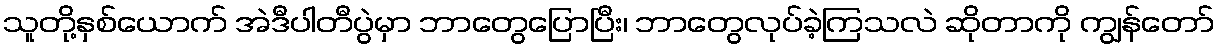
သူတို့နှစ်ယောက် အဲဒီပါတီပွဲမှာ ဘာတွေပြောပြီး၊ ဘာတွေလုပ်ခဲ့ကြသလဲ ဆိုတာကို ကျွန်တော်